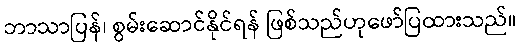
ဘာသာပြန်၊ စွမ်းဆောင်နိုင်ရန် ဖြစ်သည်ဟုဖော်ပြထားသည်။